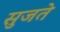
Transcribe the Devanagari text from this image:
सुजते